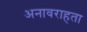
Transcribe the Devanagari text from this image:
अनावराहता